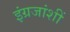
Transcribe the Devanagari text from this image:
इंग्रजांशीं